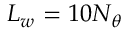
L _ { w } = 1 0 N _ { \theta }